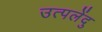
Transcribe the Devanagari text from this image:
उत्पलेंदु